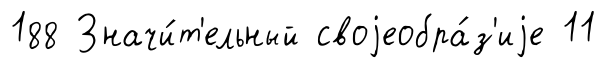
188 Значи́т'ельный своjеобра́з'иjе 11